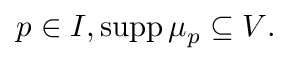
p \in I , \operatorname { s u p p } \mu _ { p } \subseteq V .